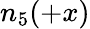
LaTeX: n_{5}(+x)